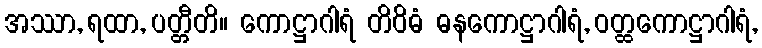
အဿာ, ရထာ, ပတ္တီတိ။ ကောဋ္ဌာဂါရံ တိဝိဓံ ဓနကောဋ္ဌာဂါရံ, ဝတ္ထကောဋ္ဌာဂါရံ,